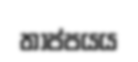
තාප්පයය